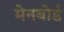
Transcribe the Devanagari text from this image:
मेनबोर्ड